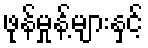
ဖုန်မှုန့်များနှင့်